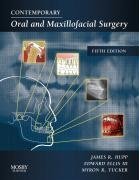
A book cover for Contemporary Oral and Maxillofacial Surgery, 5e; Medical Books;